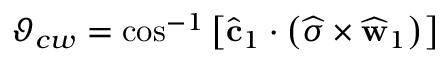
\vartheta _ { c w } = \cos ^ { - 1 } \left[ \widehat { \mathbf { c } } _ { 1 } \cdot \left( \widehat { \boldsymbol { \sigma } } \times \widehat { \mathbf { w } } _ { 1 } \right) \right]